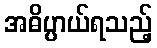
အဓိပ္ပာယ်ရသည့်